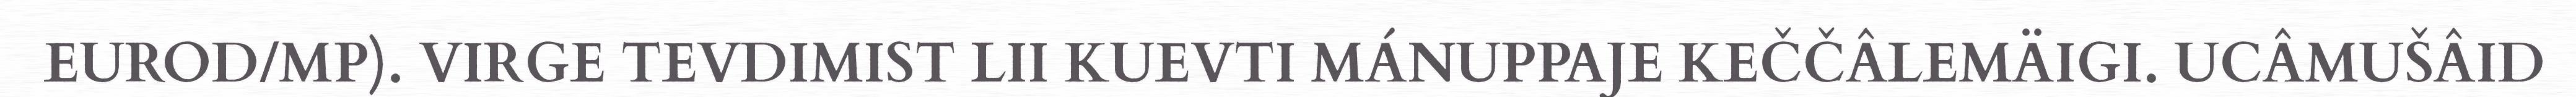
EUROD/MP). VIRGE TEVDIMIST LII KUEVTI MÁNUPPAJE KEČČÂLEMÄIGI. UCÂMUŠÂID